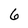
Character: 6